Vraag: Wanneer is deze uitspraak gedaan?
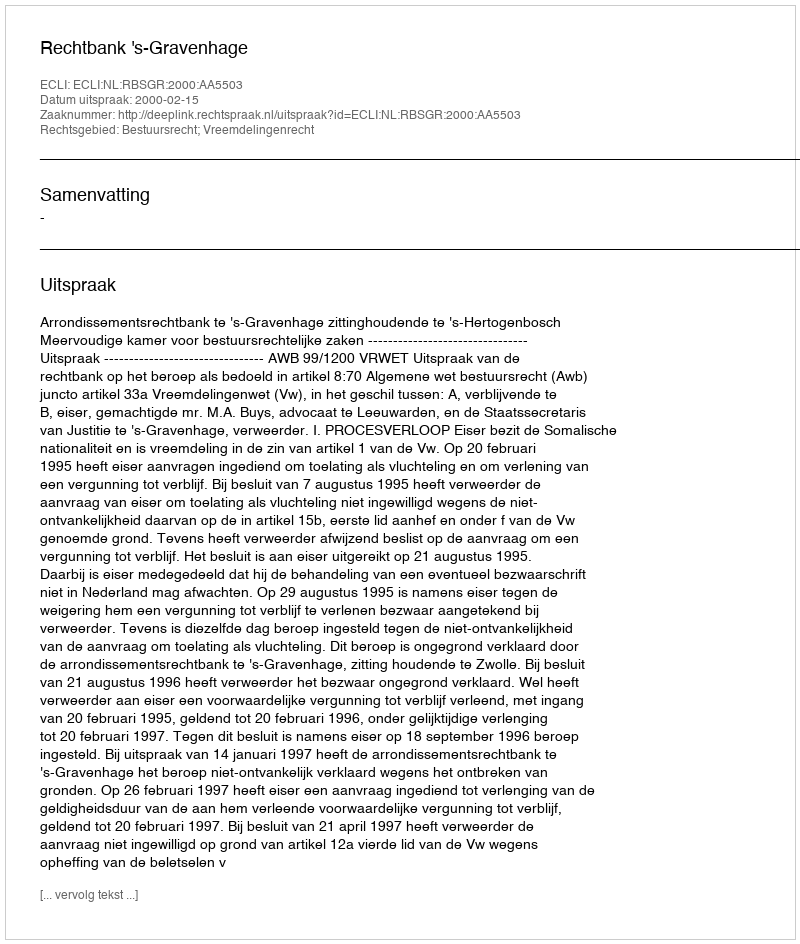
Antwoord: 2000-02-15